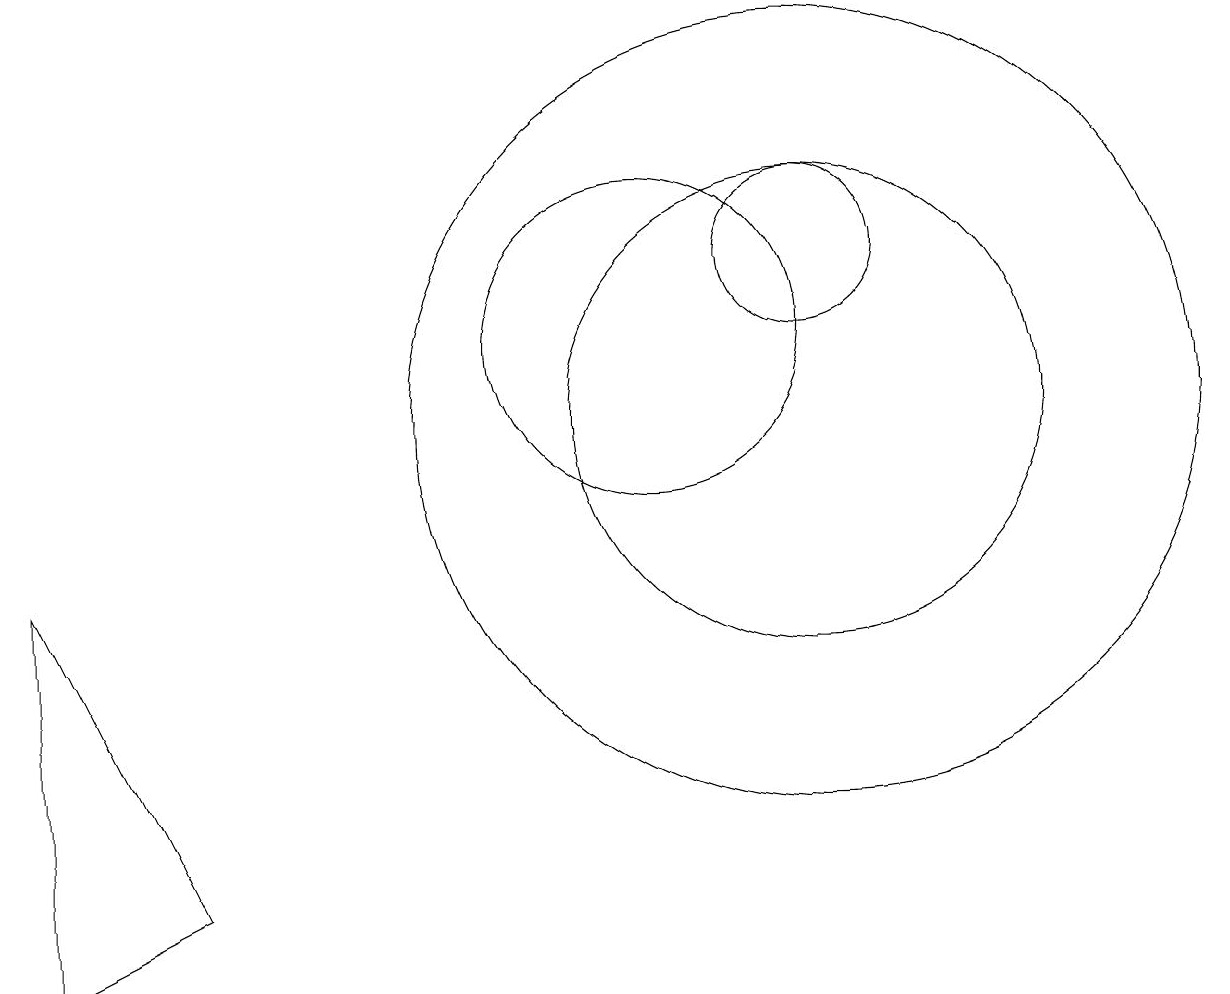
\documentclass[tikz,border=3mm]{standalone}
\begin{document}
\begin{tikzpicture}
\draw (12,12) circle (1);
\draw (10,11) circle (2);
\draw (2,8) -- (4,4) -- (2,3) -- cycle;
\draw (12,10) circle (3);
\draw (12,10) circle (5);
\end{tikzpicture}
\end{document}